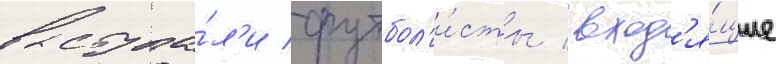
выступа́л'и футбол'и́сты / вход'я́щие